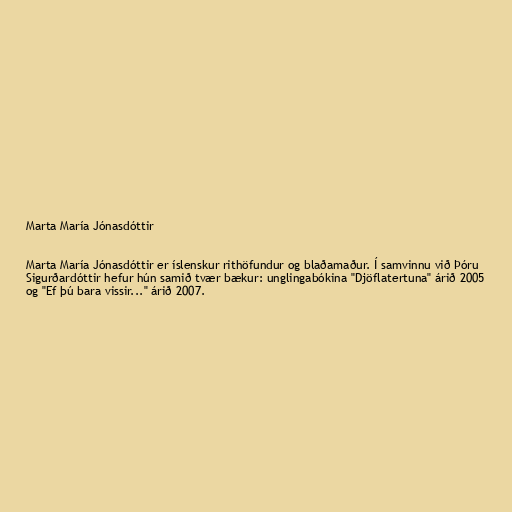
Marta María Jónasdóttir

Marta María Jónasdóttir er íslenskur rithöfundur og blaðamaður. Í samvinnu við Þóru
Sigurðardóttir hefur hún samið tvær bækur: unglingabókina "Djöflatertuna" árið 2005
og "Ef þú bara vissir..." árið 2007.